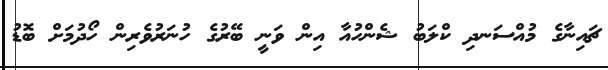
ޗައިނާގެ މުއްސަނދި ކްލަބު ޝެންހުއާ އިން ވަނީ ބޭރުގެ ހުނަރުވެރިން ހޯދުމަށް ބޮޑު